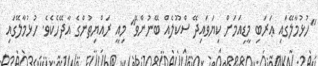
"ހުޅުމާލޭގައި ޢަރަބި މީޑިއަމަށް ކިޔަވައިދޭ ސްކޫލެއް ބޭނުންވޭ" މިއީ ރައްޔިތުންގެ އާދޭހެކެވެ. ހުޅުމާލޭގައި